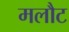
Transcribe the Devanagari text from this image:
मलौट